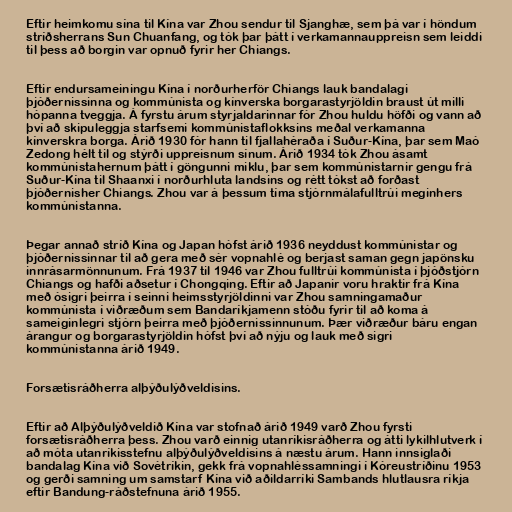
Eftir heimkomu sína til Kína var Zhou sendur til Sjanghæ, sem þá var í höndum
stríðsherrans Sun Chuanfang, og tók þar þátt í verkamannauppreisn sem leiddi
til þess að borgin var opnuð fyrir her Chiangs.

Eftir endursameiningu Kína í norðurherför Chiangs lauk bandalagi
þjóðernissinna og kommúnista og kínverska borgarastyrjöldin braust út milli
hópanna tveggja. Á fyrstu árum styrjaldarinnar fór Zhou huldu höfði og vann að
því að skipuleggja starfsemi kommúnistaflokksins meðal verkamanna
kínverskra borga. Árið 1930 fór hann til fjallahéraða í Suður-Kína, þar sem Maó
Zedong hélt til og stýrði uppreisnum sínum. Árið 1934 tók Zhou ásamt
kommúnistahernum þátt í göngunni miklu, þar sem kommúnistarnir gengu frá
Suður-Kína til Shaanxi í norðurhluta landsins og rétt tókst að forðast
þjóðernisher Chiangs. Zhou var á þessum tíma stjórnmálafulltrúi meginhers
kommúnistanna.

Þegar annað stríð Kína og Japan hófst árið 1936 neyddust kommúnistar og
þjóðernissinnar til að gera með sér vopnahlé og berjast saman gegn japönsku
innrásarmönnunum. Frá 1937 til 1946 var Zhou fulltrúi kommúnista í þjóðstjórn
Chiangs og hafði aðsetur í Chongqing. Eftir að Japanir voru hraktir frá Kína
með ósigri þeirra í seinni heimsstyrjöldinni var Zhou samningamaður
kommúnista í viðræðum sem Bandaríkjamenn stóðu fyrir til að koma á
sameiginlegri stjórn þeirra með þjóðernissinnunum. Þær viðræður báru engan
árangur og borgarastyrjöldin hófst því að nýju og lauk með sigri
kommúnistanna árið 1949.

Forsætisráðherra alþýðulýðveldisins.

Eftir að Alþýðulýðveldið Kína var stofnað árið 1949 varð Zhou fyrsti
forsætisráðherra þess. Zhou varð einnig utanríkisráðherra og átti lykilhlutverk í
að móta utanríkisstefnu alþýðulýðveldisins á næstu árum. Hann innsiglaði
bandalag Kína við Sovétríkin, gekk frá vopnahléssamningi í Kóreustríðinu 1953
og gerði samning um samstarf Kína við aðildarríki Sambands hlutlausra ríkja
eftir Bandung-ráðstefnuna árið 1955.